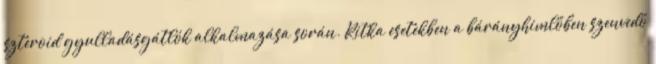
szteroid gyulladásgátlók alkalmazása során. Ritka esetekben a bárányhimlőben szenvedő